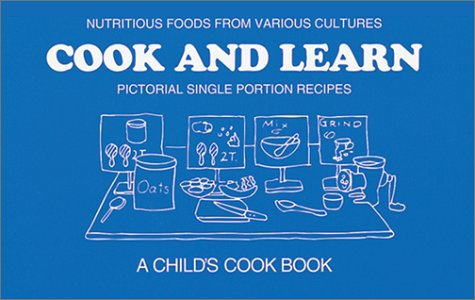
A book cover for Cook and Learn: Pictorial Single Portion Recipes; Beverly Veitch; Teen & Young Adult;